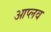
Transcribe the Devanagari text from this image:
आप्लव